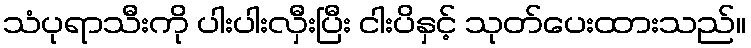
သံပုရာသီးကို ပါးပါးလှီးပြီး ငါးပိနှင့် သုတ်ပေးထားသည်။